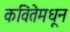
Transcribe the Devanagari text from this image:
कवितेमधून